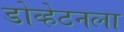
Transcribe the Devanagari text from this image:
डोव्हेटनला